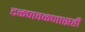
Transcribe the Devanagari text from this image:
दळणवळणासही